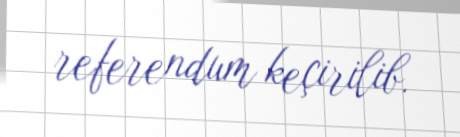
referendum keçirilib.